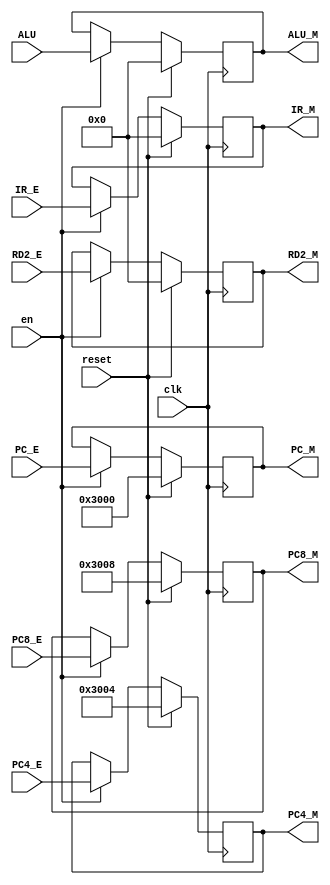
module EMreg(
    input clk,
    input reset,
	input en,
    input [31:0] IR_E,
	input [31:0] PC_E,
    input [31:0] PC4_E,
    input [31:0] PC8_E,
    input [31:0] ALU,
    input [31:0] RD2_E,
    output reg [31:0] IR_M,
	output reg [31:0] PC_M,
    output reg [31:0] PC4_M,
    output reg [31:0] PC8_M,
    output reg [31:0] ALU_M,
    output reg [31:0] RD2_M
    );

	initial begin
		IR_M = 32'h000000000;
		PC_M = 32'h00003000;
		PC4_M = 32'h00003004;
		PC8_M = 32'h00003008;
		ALU_M = 32'h00000000;
		RD2_M = 32'h00000000;
	end
	
	always @ ( posedge clk ) begin
		if (reset==1) begin
			IR_M <= 32'h00000000;
			PC_M <= 32'h00003000;
			PC4_M <= 32'h00003004;
			PC8_M <= 32'h00003008;
			ALU_M <= 32'h00000000;
			RD2_M <= 32'h00000000;
		end
		else if (en==1) begin
			IR_M <= IR_E;
			PC_M <= PC_E;
			PC4_M <= PC4_E;
			PC8_M <= PC8_E;
			ALU_M <= ALU;
			RD2_M <= RD2_E;
		end
	end
	
endmodule